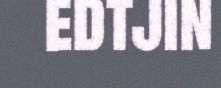
edtjin